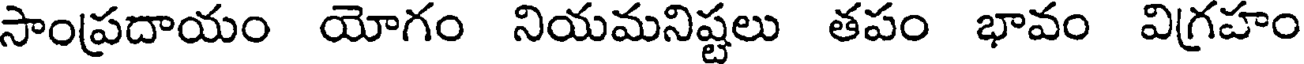
సాంప్రదాయం యోగం నియమనిష్టలు తపం భావం విగ్రహం